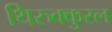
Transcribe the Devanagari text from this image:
थिरुक्कुरल